Jaan_Tonisson_(Lasteleht), lk 531
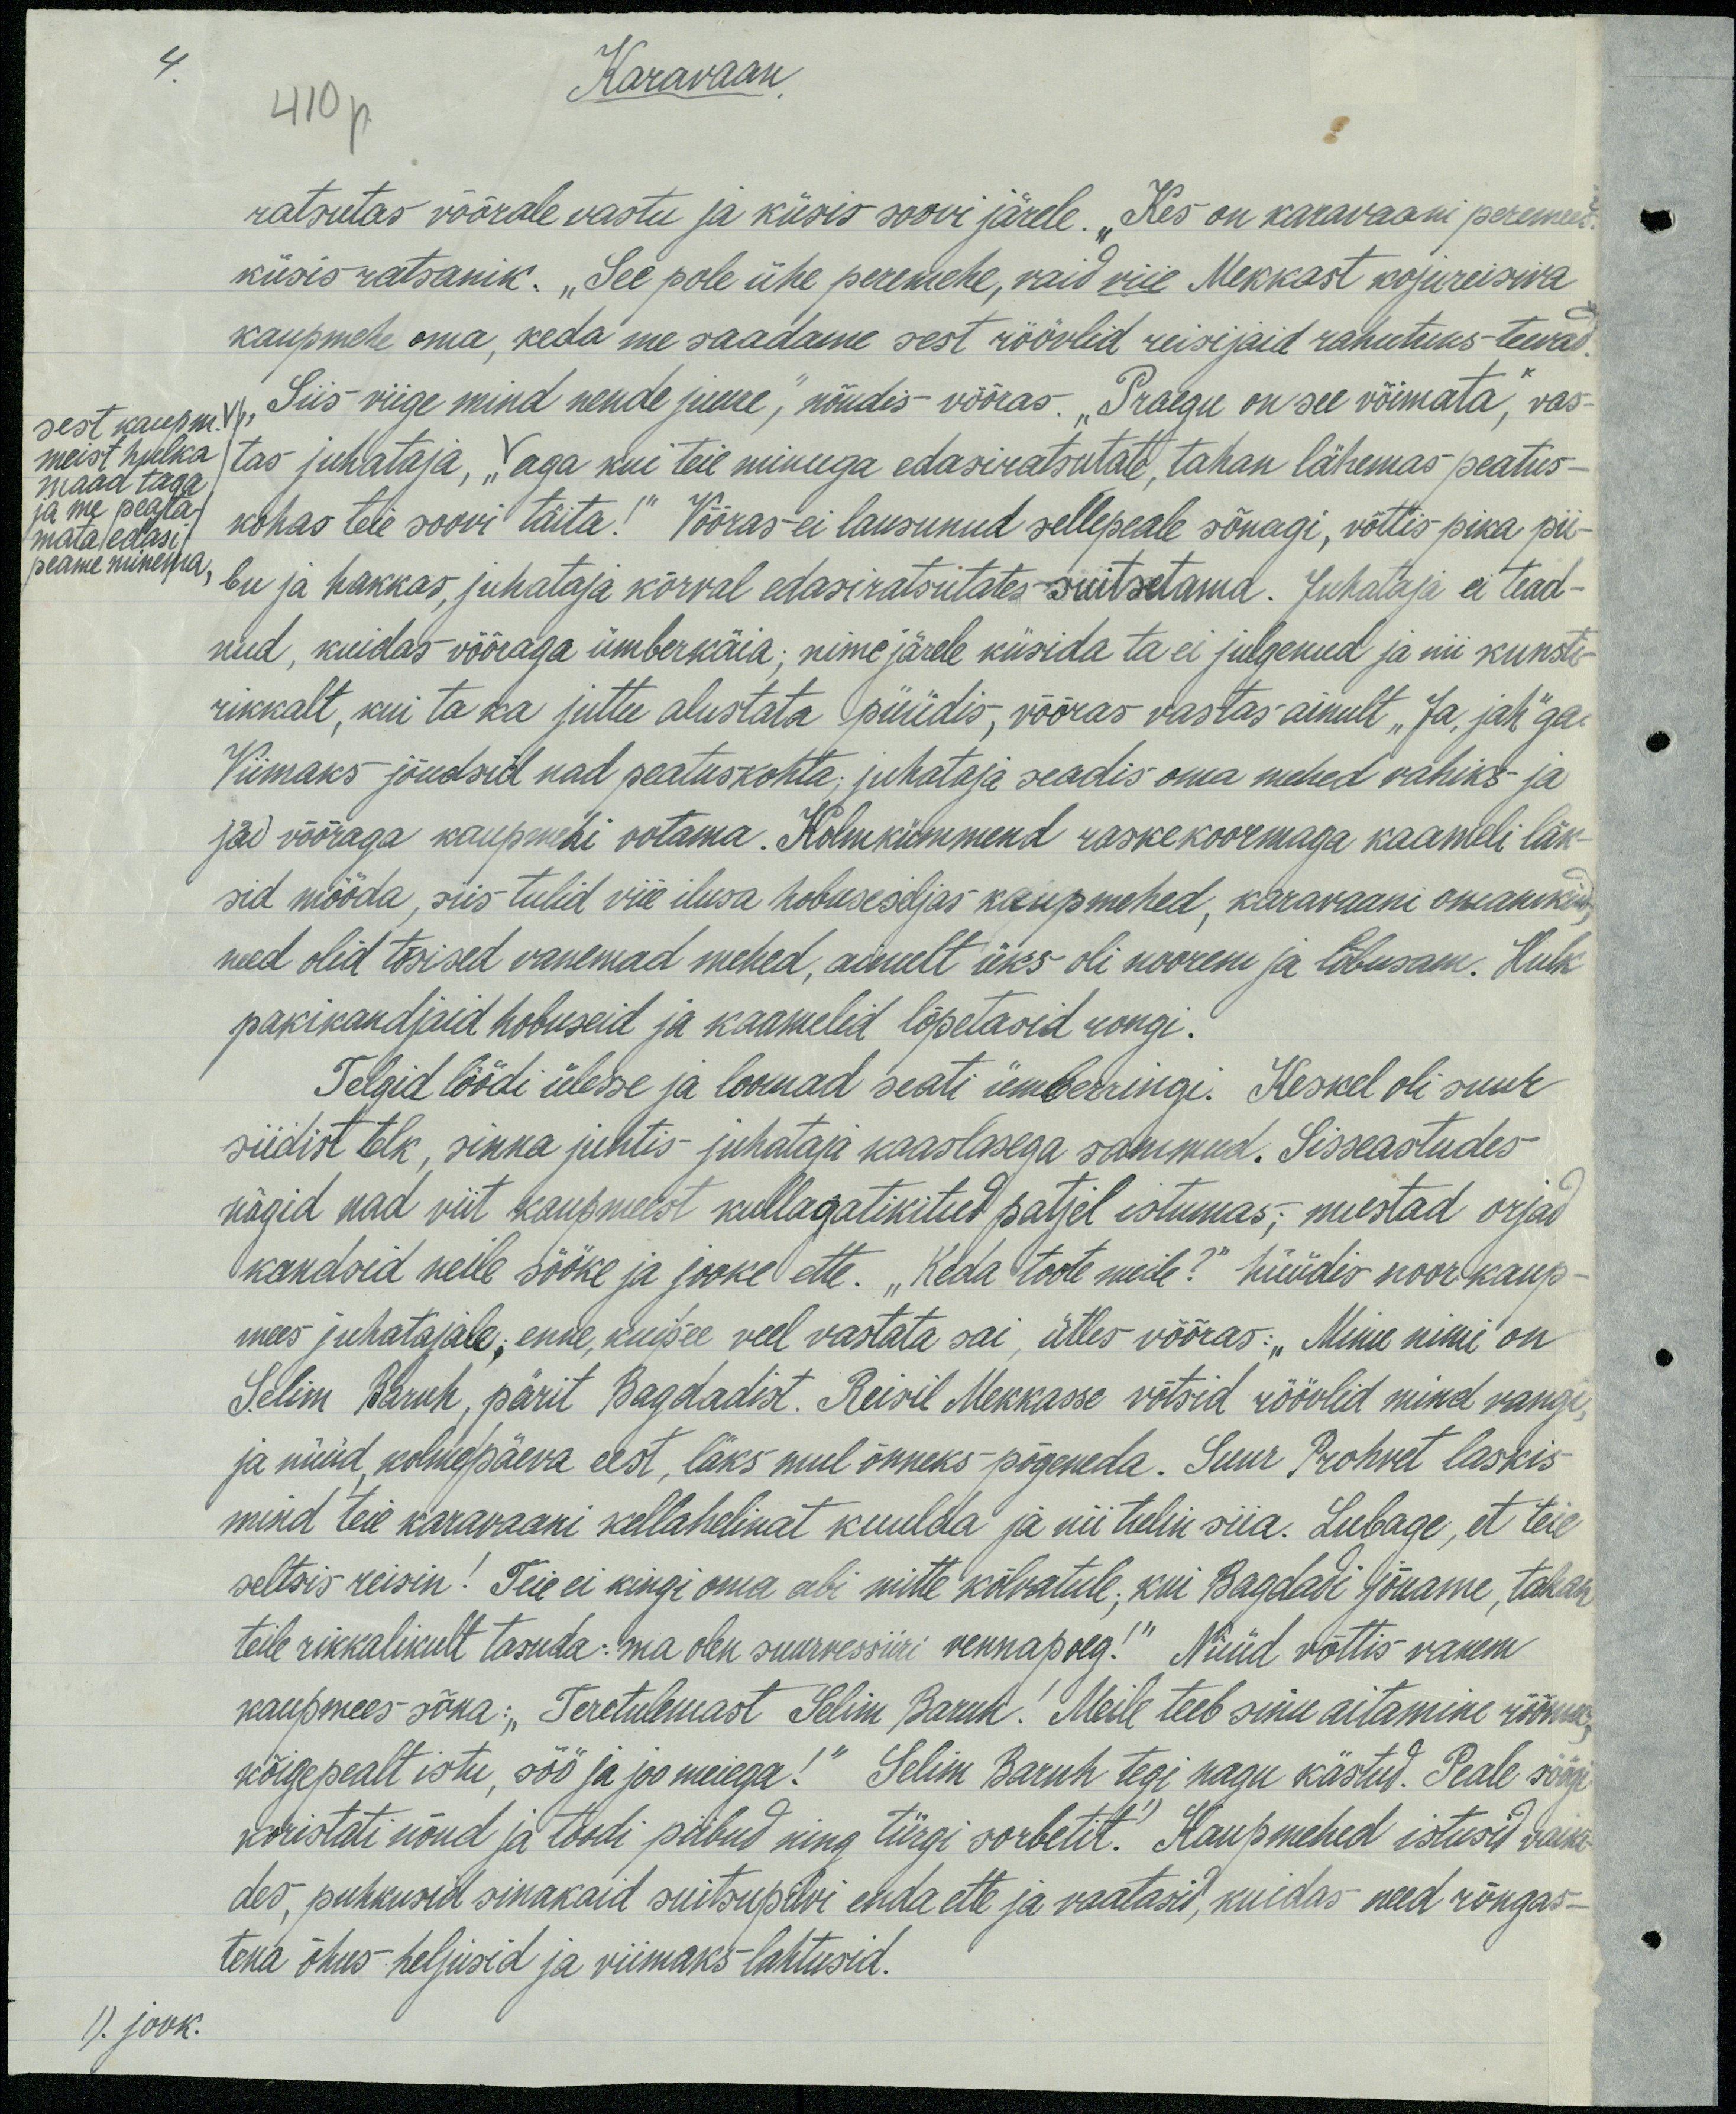
4
Karavaan
410p
ratsutas võõrale vastu ja küsis soovi järele. „Kes on karavaani peremees.
küsis ratsanik. "See pole ühe peremehe, vaid viie Mekkast kojureisiva
kaupmehe oma, keda me saadame sest röövlid reisijaid rahutuks teevad,
sest kaupm.
"Siis viige mind nende juurde", nõudis võõras. "Praegu on see võimata", vas-
tas juhataja, „aga kui teie minuga edasiratsutate, tahan lähemas peatus-
meist hulka
maad taga
ja me peata.
mata /edasi/
kohas teie soovi täita!" Võõras ei lausunud sellepeale sõnagi, võttis pika pii-
peame minema
bu ja hakkas, juhataja kõrval edasiratsutates suitsetama. Juhataja ei tead-
nud, kuidas võõraga ümberkäia; nime järele küsida ta ei julgenud ja nii kunsti-
rikkalt, kui ta ka juttu alustata püüdis, võõras vastas ainult "Ja jah" ga-
Viimaks jõudsid nad peatuskohta, juhataja seadis oma mehed vahiks ja
jäi võõraga kaupmehi ootama. Kolmkümmend raskekoormaga kaameli läk-
sid mööda, siis tulid viie ilusa hobuseseljas kaupmehed, karavaani omanikud
need olid tõsised vanemad mehed, ainult üks oli noorem ja lõbusam. Hulk
pakikandjaid hobuseid ja kaamelid lõpetasid rongi.
Telgid löödi ülesse ja loomad seati ümberringi. Keskel oli suur
siidist telk, sinna juhtis juhataja kaaslasega sammud. Sisseastudes
nägid nad viit kaupmeest kullagatikitud patjel istumas; mustad orjad
kandsid neile sööke ja jooke ette. "Keda toote meile?" hüüdis noor kaup-
mees juhatajale, enne, kui see veel vastata sai, ütles võõras: "Minu nimi on
Selim Baruh, pärit Bagdadist. Reisil Mekkasse võtsid röövlid mind vangi
ja nüüd kolme päeva eest, läks mul õnneks põgeneda. Suur Prohvet laskis
mind teie karavaani kellahelinat kuulda ja nii tulin siia. Lubage, et teie
seltsis reisin! Teie ei kingi oma abi mitte kõlvatule, kui Bagdadi Jõuame, tahan
teile rikkalikult tasuda: ma olen suurvessiiri vennapoeg!" Nüüd võttis vanem
kaupmees sõna: "Teretulemast" Selim Baruh! Meile teeb sinu aitamine rõõmu,
kõigepealt istu, söö ja joo meiega!" Selim Baruh tegi nagu kästud. Peale söögi
koristati nõud ja toodi piibud ning türgi sorbetit! Kaupmehed istusid vaiki
des, puhkusid sinakaid suitsupilvi enda ette ja vaatasid, kuidas need rõngas-
tena õhus heljusid ja viimaks lahtusid.
1). jook.